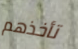
تأخذهم